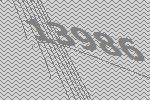
13986